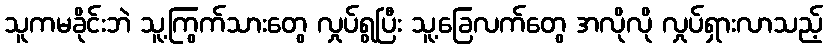
သူကမခိုင်းဘဲ သူ့ကြွက်သားတွေ လှုပ်ရွပြီး သူ့ခြေလက်တွေ အလိုလို လှုပ်ရှားလာသည့်